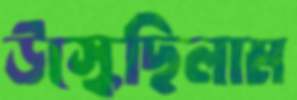
উস্‌কেছিলাম